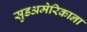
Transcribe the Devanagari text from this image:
सुडअमेरिकाना